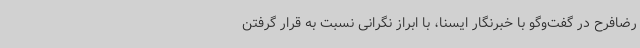
رضافرح در گفت‌وگو با خبرنگار ایسنا، با ابراز نگرانی نسبت به قرار گرفتن